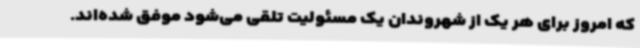
که امروز برای هر یک از شهروندان یک مسئولیت تلقی می‌شود موفق شده‌اند.